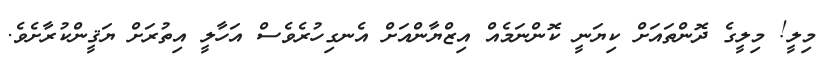
މިލީ! މިލީގެ ދޮންތައަށް ކިޔަނީ ކޮންނަމެއް އިޒްޔާންއަށް އެނގިހުރެވެސް އަހާލީ އިތުރަށް ޔަޤީންކުރާށެވެ.